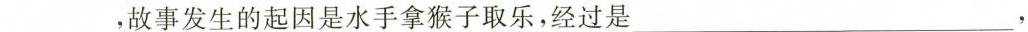
___，故事发生的起因是水手拿猴子取乐，经过是___，